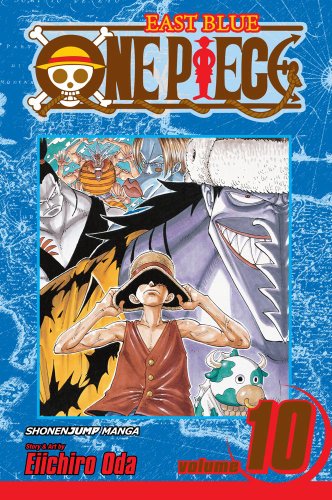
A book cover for One Piece, Vol. 10: OK, Let's Stand Up!; Eiichiro Oda; Comics & Graphic Novels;